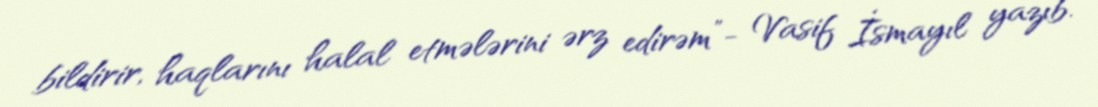
bildirir, haqlarını halal etmələrini ərz edirəm”- Vasif İsmayıl yazıb.